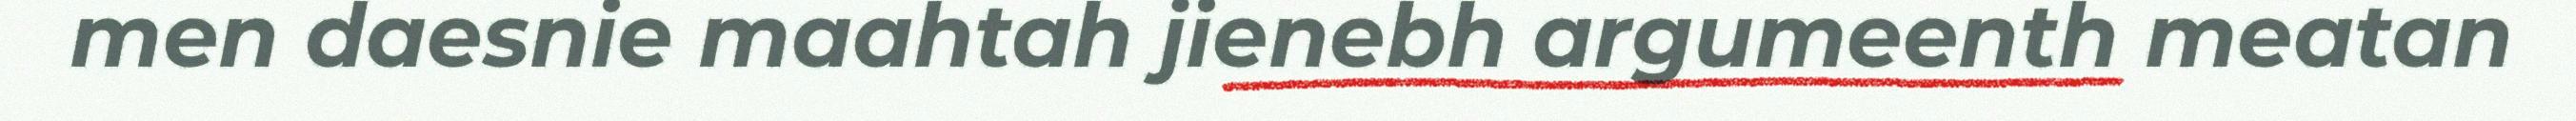
men daesnie maahtah jienebh argumeenth meatan